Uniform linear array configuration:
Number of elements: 8
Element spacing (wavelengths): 0.25
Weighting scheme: binomial
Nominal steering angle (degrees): -60
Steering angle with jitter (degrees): -61.081
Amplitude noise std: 0.05
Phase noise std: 0.05

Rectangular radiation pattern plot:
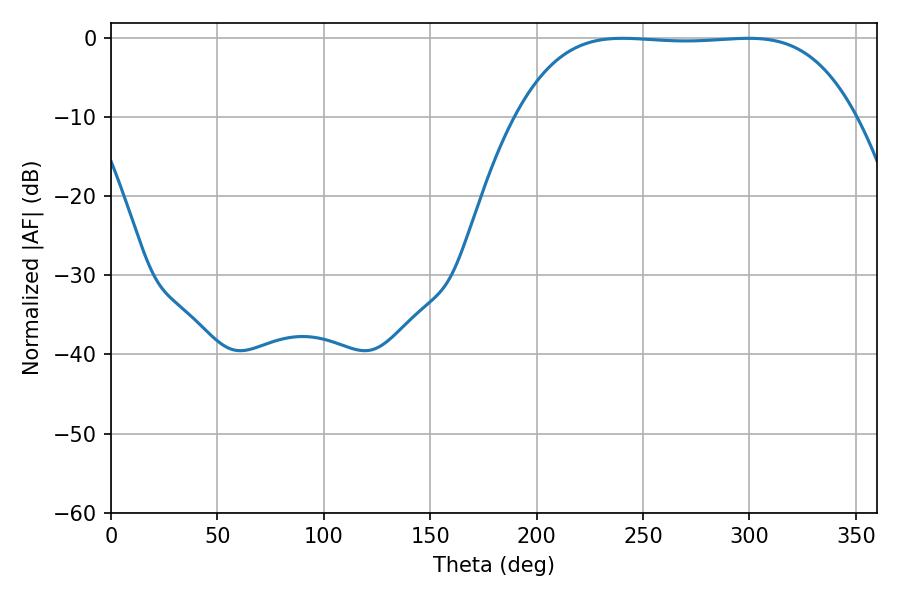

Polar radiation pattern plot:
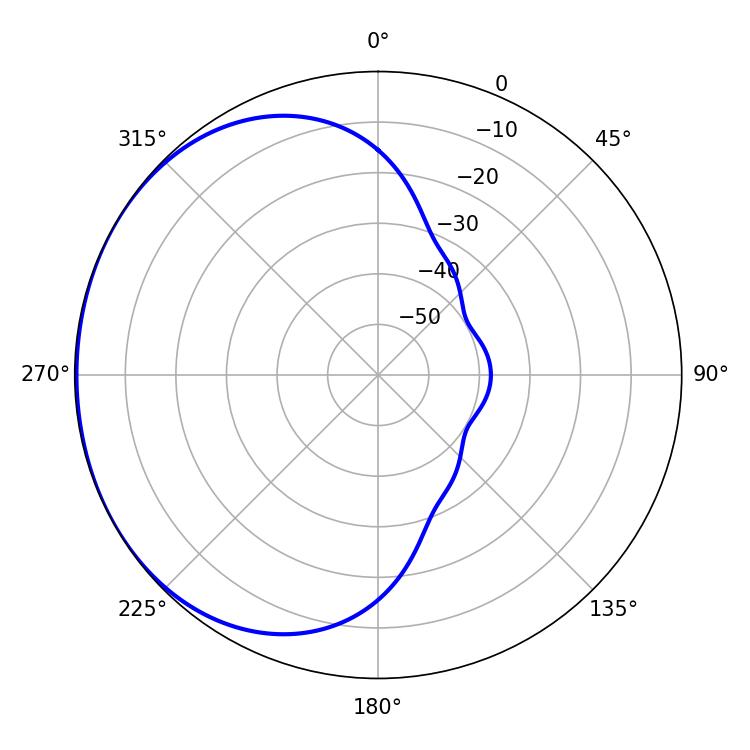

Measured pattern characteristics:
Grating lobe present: FALSE
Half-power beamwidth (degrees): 123.12
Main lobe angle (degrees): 240.3